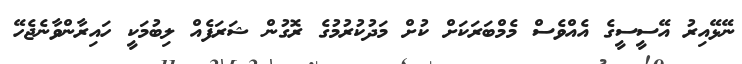
ނޭޅޭއިރު އޭސީސީގެ އެއްވެސް މެމްބަރަކަށް ކުށް މަދުކުރުމުގެ ރޮގުން ޝަރަފެއް ލިބުމަކީ ހައިރާންވާނެޖެހޭ